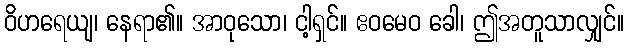
ဝိဟရေယျ၊ နေရာ၏။ အာဝုသော၊ ငါ့ရှင်။ ဧဝမေဝ ခေါ၊ ဤအတူသာလျှင်။